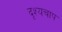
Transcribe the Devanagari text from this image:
दृश्यचाप